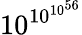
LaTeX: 10^{10^{10^{56}}}